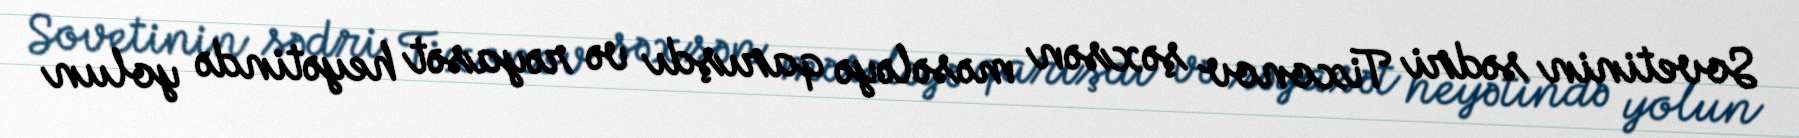
Sovetinin sədri Tixonov şəxsən məsələyə qarışdı və rəyasət heyətində yolun